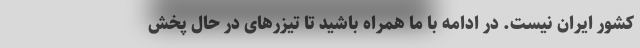
کشور ایران نیست. در ادامه با ما همراه باشید تا تیزرهای در حال پخش